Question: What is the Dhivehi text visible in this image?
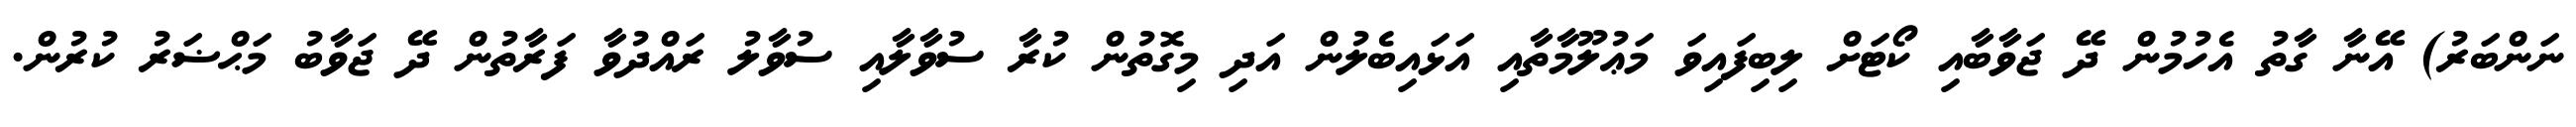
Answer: ނަންބަރު) އޭނާ ގާތު އެހުމުން ދޭ ޖަވާބާއި ކޯޓަށް ލިބިފައިވަ މަޢުލޫމާތާއި އަޅައިބެލުން އަދި މިގޮތުން ކުރާ ސުވާލާއި ސުވާލު ރައްދުވާ ފަރާތުން ދޭ ޖަވާބު މަޙްޟަރު ކުރުން.